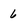
Character: 6